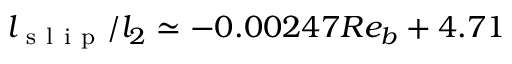
l _ { \mathrm { ~ s ~ l ~ i ~ p ~ } } / l _ { 2 } \simeq - 0 . 0 0 2 4 7 R e _ { b } + 4 . 7 1